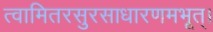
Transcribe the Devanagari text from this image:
त्वामितरसुरसाधारणमभूत्।